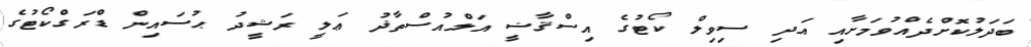
ބަދަލުކޮށްދެއްވުމަށާއި އަދި ސިވިލް ކޯޓުގެ އިސްޤާޟީ އަލްއުސްތާޛު ޢަލީ ރަޝީދު ޙުސައިން ޑްރަގްކޯޓުގެ